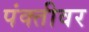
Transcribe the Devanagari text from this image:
पंक्तीवर